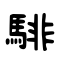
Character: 騑